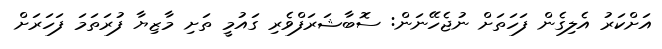
އަށްކަރު އެލިގެން ފަހަތަށް ނުޖެހޭނަން: ސޮބާޝަރަފްވެރި ގައުމީ ތަށި މާޒިޔާ ފުރަތަމަ ފަހަރަށް